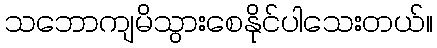
သဘောကျမိသွားစေနိုင်ပါသေးတယ်။